Annual report on the working of the lock hospitals in the Central Provinces
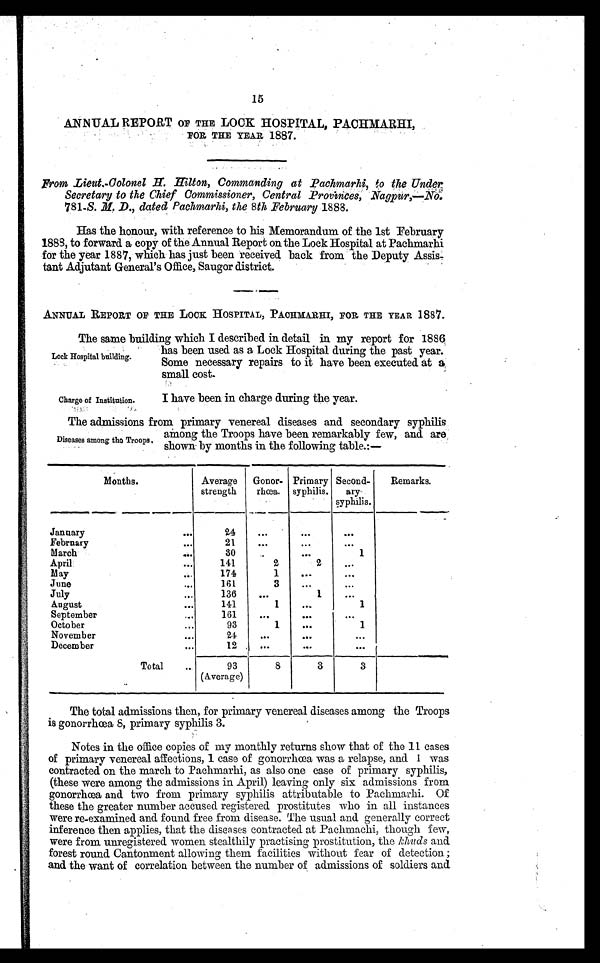
15
ANNUAL REPORT OF THE LOCK HOSPITAL, PACHMARHI,
FOR THE YEAR 1887.
Prom Lieut.-Colonel .H. Hilton, Commanding at Pachmarhi, to the Under
Secretary to the Chief Commissioner, Central Provinces, Nagpur,—No.
781-S. M. D., dated Pachmarhi, the 8th February 1888.
Has the honour, with reference to his Memorandum of the 1st February
1888, to forward a copy of the Annual Report on the Lock Hospital at Pachmarhi
for the year 1887, which has just been received back from the Deputy Assis-
tant Adjutant General's Off ice, Saugor district.
ANNUAL REPORT OF THE LOCK HOSPITAL, PACHMARHI, FOR THE YEAR 1887.
The same building which I described in detail in my report for 1886.
has been used as a Lock Hospital during the past year.
Some necessary repairs to it have been' executed at a,
small cost.
Lock Hospital building.
Charge of Institution.
I have been in charge during the year.
The admissions from primary venereal diseases and secondary syphilis
among the Troops have been remarkably few, and are
shown- by months in the following table.:—
Months.
Average
strength
Gonor-
rhœa.
Primary
syphilis.
Second-
ary
syphilis.
Remarks.
January
...
24
. . .
. . .
...
February
...
21
. . .
. . .
. . .
March
...
30 ...
...
1
April
...
141
2
2
...
May
...
174
1
...
. . .
June
...
161
3
. . .
...
July
...
136
...
1
. . .
August
...
141
1
. . .
1
September
...
161
. . .
...
. . .
October
...
93
1
. . .
1
November
...
24
...
. . .
...
December
...
12
. . .
...
... . . .
Total
...
93
8
3
3
(Average)
The total admissions then, for primary venereal diseases among the Troops
is gonorrhœa 8, primary syphilis 3.
Notes in the office copies of my monthly returns show that of the 11 cases
of primary venereal affections, 1 case of gonorrhœa was a relapse, and I was
contracted on the march to Pachmarhi, as also one case of primary syphilis,
(these were among the admissions in April) leaving only six admissions from
gonorrhœa and two from primary syphilis attributable to Pachmarhi. Of
these the greater number accused registered prostitutes who in all instances
were re-examined and found free from disease. The usual and generally correct
inference then applies, that the diseases contracted. at Pachmarhi, though few,
were from unregistered women stealthily practising prostitution, the khuds and
forest round Cantonment allowing them facilities without fear of detection ;
and the want of correlation between the number of admissions of soldiers and
Diseases among the Troops